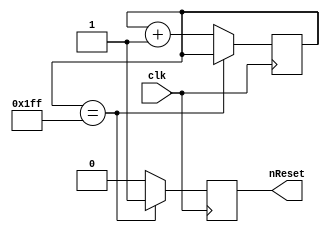
module Reset
(
input clk,
output reg nReset
);
reg[8:0] cntclk;
initial begin
cntclk <= 9'b0;
end
always @ (posedge clk)
begin
    if(cntclk == 9'd511)// 40 
    begin
        nReset<=1'b1;
    end
    else
    begin
        nReset<=1'b0;
		cntclk<=cntclk+1'b1;
    end
end
endmodule
//module Reset			// to use this: set the initial for (~reset) and main circuit for (reset)
//(
//	input clk40,			// 40 MHz
//	output reg rst			// global enable
//);
//reg [5:0] count;
//
//always@(posedge clk40)
//begin
//	if (count > 6'b111110) rst <= 1;		// on fpga start count 62 clocks and set global enable
//	else begin rst <= 0; count <= count + 1'b1; end		// while count set enabe to low level
//end
//endmodule